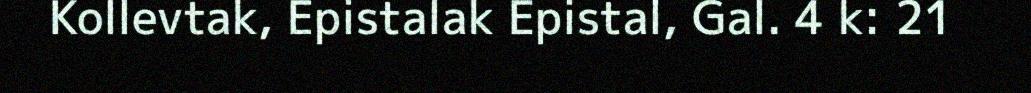
Kollevtak, Epistalak Epistal, Gal. 4 k: 21